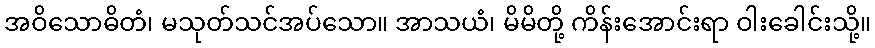
အဝိသောဓိတံ၊ မသုတ်သင်အပ်သော။ အာသယံ၊ မိမိတို့ ကိန်းအောင်းရာ ဝါးခေါင်းသို့။